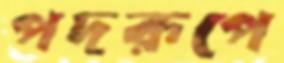
পদরূপে